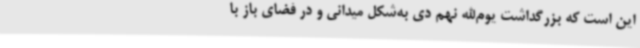
این است که بزرگداشت یوم‌الله نهم دی به‌شکل میدانی و در فضای باز با